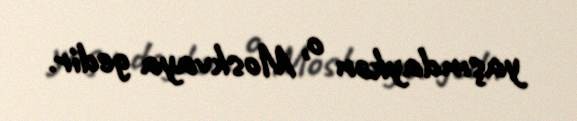
yaşındaykən o, Moskvaya gedir.